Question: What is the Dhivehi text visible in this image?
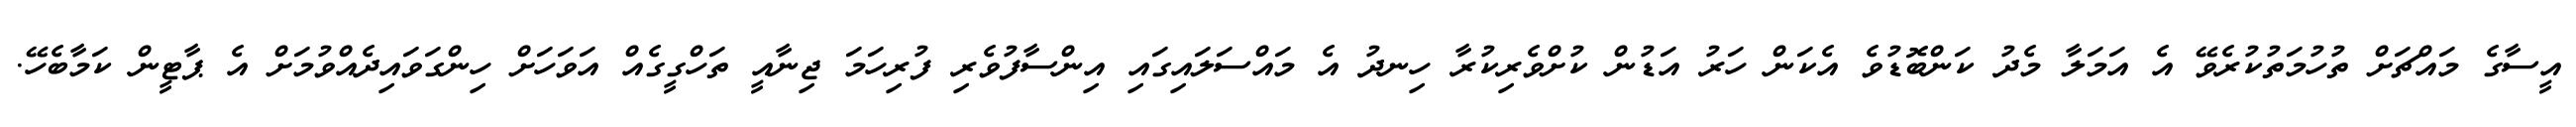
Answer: އީސާގެ މައްޗަށް ތުހުމަތުކުރެވޭ އެ އަމަލާ މެދު ކަންބޮޑުވެ އެކަން ހަރު އަޑުން ކުށްވެރިކުރާ ހިނދު އެ މައްސަލައިގައި އިންސާފުވެރި ފުރިހަމަ ޖިނާއީ ތަހްގީގެއް އަވަހަށް ހިންގަވައިދެއްވުމަށް އެ ޕާޓީން ކަމާބެހޭ.